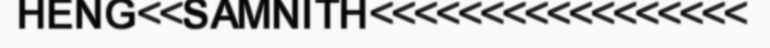
HENG<<SAMNITH<<<<<<<<<<<<<<<<<